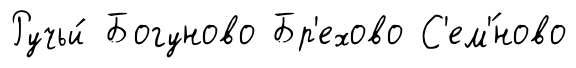
Ручьи́ Богуново Бр'ехово С'ем'́ново